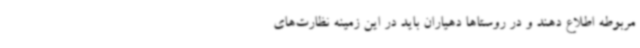
مربوطه اطلاع دهند و در روستاها دهیاران باید در این زمینه نظارت‌های